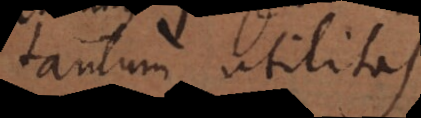
tantum utilitas